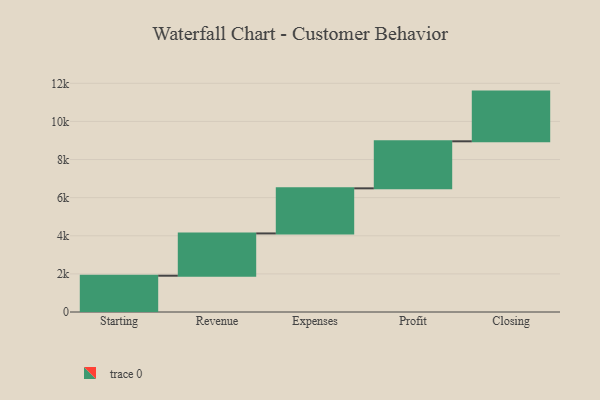
{"axis": {"x": "Step", "y": "Value"}, "legend": [""], "data": [{"x": "Starting", "y": 1904.0, "type": ""}, {"x": "Revenue", "y": 2219.0, "type": ""}, {"x": "Expenses", "y": 2366.0, "type": ""}, {"x": "Profit", "y": 2468.0, "type": ""}, {"x": "Closing", "y": 2608.0, "type": ""}]}